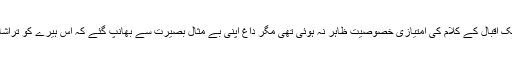
گو اس وقت تک اقبال کے کلام کی امتیازی خصوصیت ظاہر نہ ہوئی تھی مگر داغ اپنی بے مثال بصیرت سے بھانپ گئے کہ اس ہیرے کو تراشا نہیں جاسکتا۔